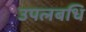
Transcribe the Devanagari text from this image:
उपलबधि